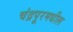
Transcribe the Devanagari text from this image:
चंद्रपूरमधील